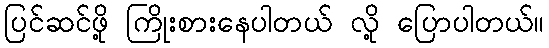
ပြင်ဆင်ဖို့ ကြိုးစားနေပါတယ် လို့ ပြောပါတယ်။